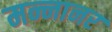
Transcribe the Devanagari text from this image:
मन्नानर